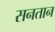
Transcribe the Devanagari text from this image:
सनतान